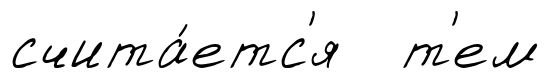
счита́етс'я т'ем